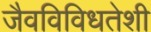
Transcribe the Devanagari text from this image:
जैवविविधतेशी